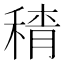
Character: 𱶕